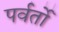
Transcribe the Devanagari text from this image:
पर्वर्तो